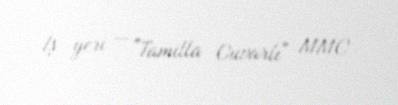
İş yeri — "Tamilla Cuvarlı" MMC